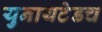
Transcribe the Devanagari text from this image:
युनायटेडच